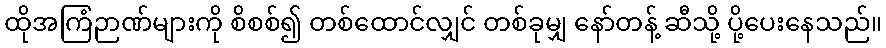
ထိုအကြံဉာဏ်များကို စိစစ်၍ တစ်ထောင်လျှင် တစ်ခုမျှ နော်တန့် ဆီသို့ ပို့ပေးနေသည်။